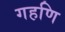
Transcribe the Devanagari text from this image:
गहणि